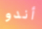
أندو